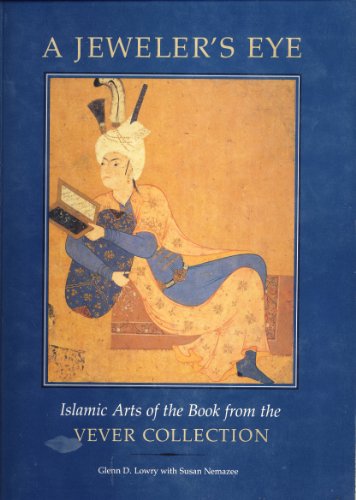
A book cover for A Jeweler's Eye: Islamic Arts of the Book from the Vever Collection; Arthur M. Sackler Gallery (Smithsonian Institution); Arts & Photography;